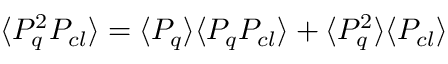
\langle P _ { q } ^ { 2 } P _ { c l } \rangle = \langle P _ { q } \rangle \langle P _ { q } P _ { c l } \rangle + \langle P _ { q } ^ { 2 } \rangle \langle P _ { c l } \rangle